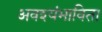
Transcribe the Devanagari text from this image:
अवश्यंभाविता